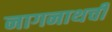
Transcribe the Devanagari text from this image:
नागनाथची